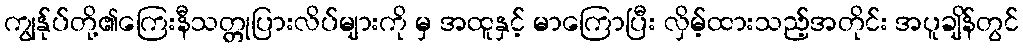
ကျွန်ုပ်တို့၏ကြေးနီသတ္တုပြားလိပ်များကို မှ အထူနှင့် မာကြောပြီး လှိမ့်ထားသည့်အတိုင်း အပူချိန်တွင်